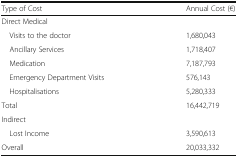
| Type of Cost | Annual Cost (€) |
 | --- | --- |
 | <COLSPAN=2> Direct Medical |
 | Visits to the doctor | 1,680,043 |
 | Ancillary Services | 1,718,407 |
 | Medication | 7,187,793 |
 | Emergency Department Visits | 576,143 |
 | Hospitalisations | 5,280,333 |
 | Total | 16,442,719 |
 | <COLSPAN=2> Indirect |
 | Lost Income | 3,590,613 |
 | Overall | 20,033,332 |